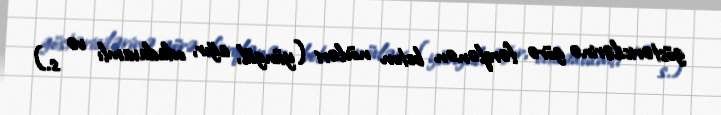
göstəricilərinə görə fərqlənən beton növləri (yüngül, ağır, odadavamlı və s.)